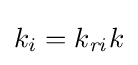
k_{i}=k_{\mathit {ri}}k